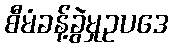
စီမံခန့်ခွဲမှုဥပဒေ